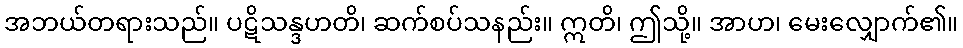
အဘယ်တရားသည်။ ပဋိသန္ဒဟတိ၊ ဆက်စပ်သနည်း။ ဣတိ၊ ဤသို့။ အာဟ၊ မေးလျှောက်၏။